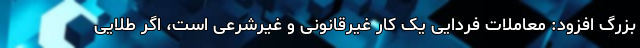
بزرگ افزود: معاملات فردایی یک کار غیرقانونی و غیرشرعی است، اگر طلایی